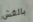
بالغش